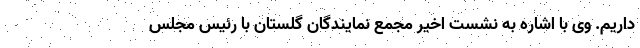
داریم. وی با اشاره به نشست اخیر مجمع نمایندگان گلستان با رئیس مجلس